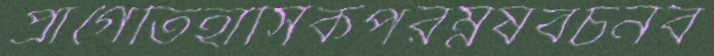
প্রাগৈতিহাসিকপরম্নষবচনব